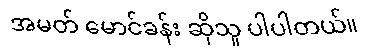
အမတ် မောင်ခန်း ဆိုသူ ပါပါတယ်။